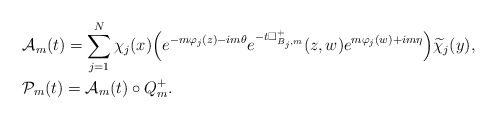
\begin{align*} &\mathcal{A}_m(t)=\sum^N_{j=1}\chi_j(x)\Bigr(e^{-m\varphi_j(z)-im\theta}e^{-t\Box^+_{B_j,m}}(z,w)e^{m\varphi_j(w)+im\eta}\Bigr)\widetilde\chi_j(y), \\&\mathcal{P}_m(t)=\mathcal{A}_m(t)\circ Q^+_m.\end{align*}